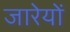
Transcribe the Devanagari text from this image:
जारेयों